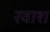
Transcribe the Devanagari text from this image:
रवाश